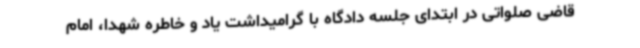
قاضی صلواتی در ابتدای جلسه دادگاه با گرامیداشت یاد و خاطره شهدا، امام